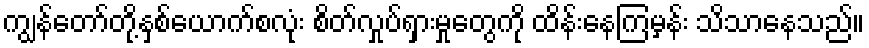
ကျွန်တော်တို့နှစ်ယောက်စလုံး စိတ်လှုပ်ရှားမှုတွေကို ထိန်းနေကြမှန်း သိသာနေသည်။